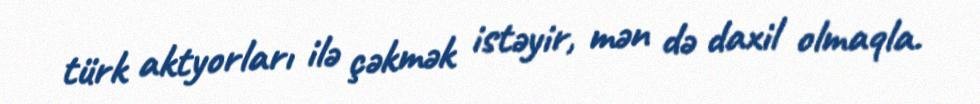
türk aktyorları ilə çəkmək istəyir, mən də daxil olmaqla.